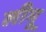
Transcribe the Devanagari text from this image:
लीमू